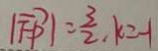
\vert \overrightarrow { F P } \vert = \frac { 3 } { 2 } , k = - 1